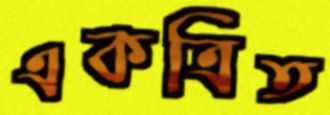
একত্রিত